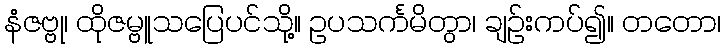
နံဇဗ္ဗု၊ ထိုဇမ္ဗူသပြေပင်သို့။ ဥပသင်္ကမိတွာ၊ ချဉ်းကပ်၍။ တတော၊